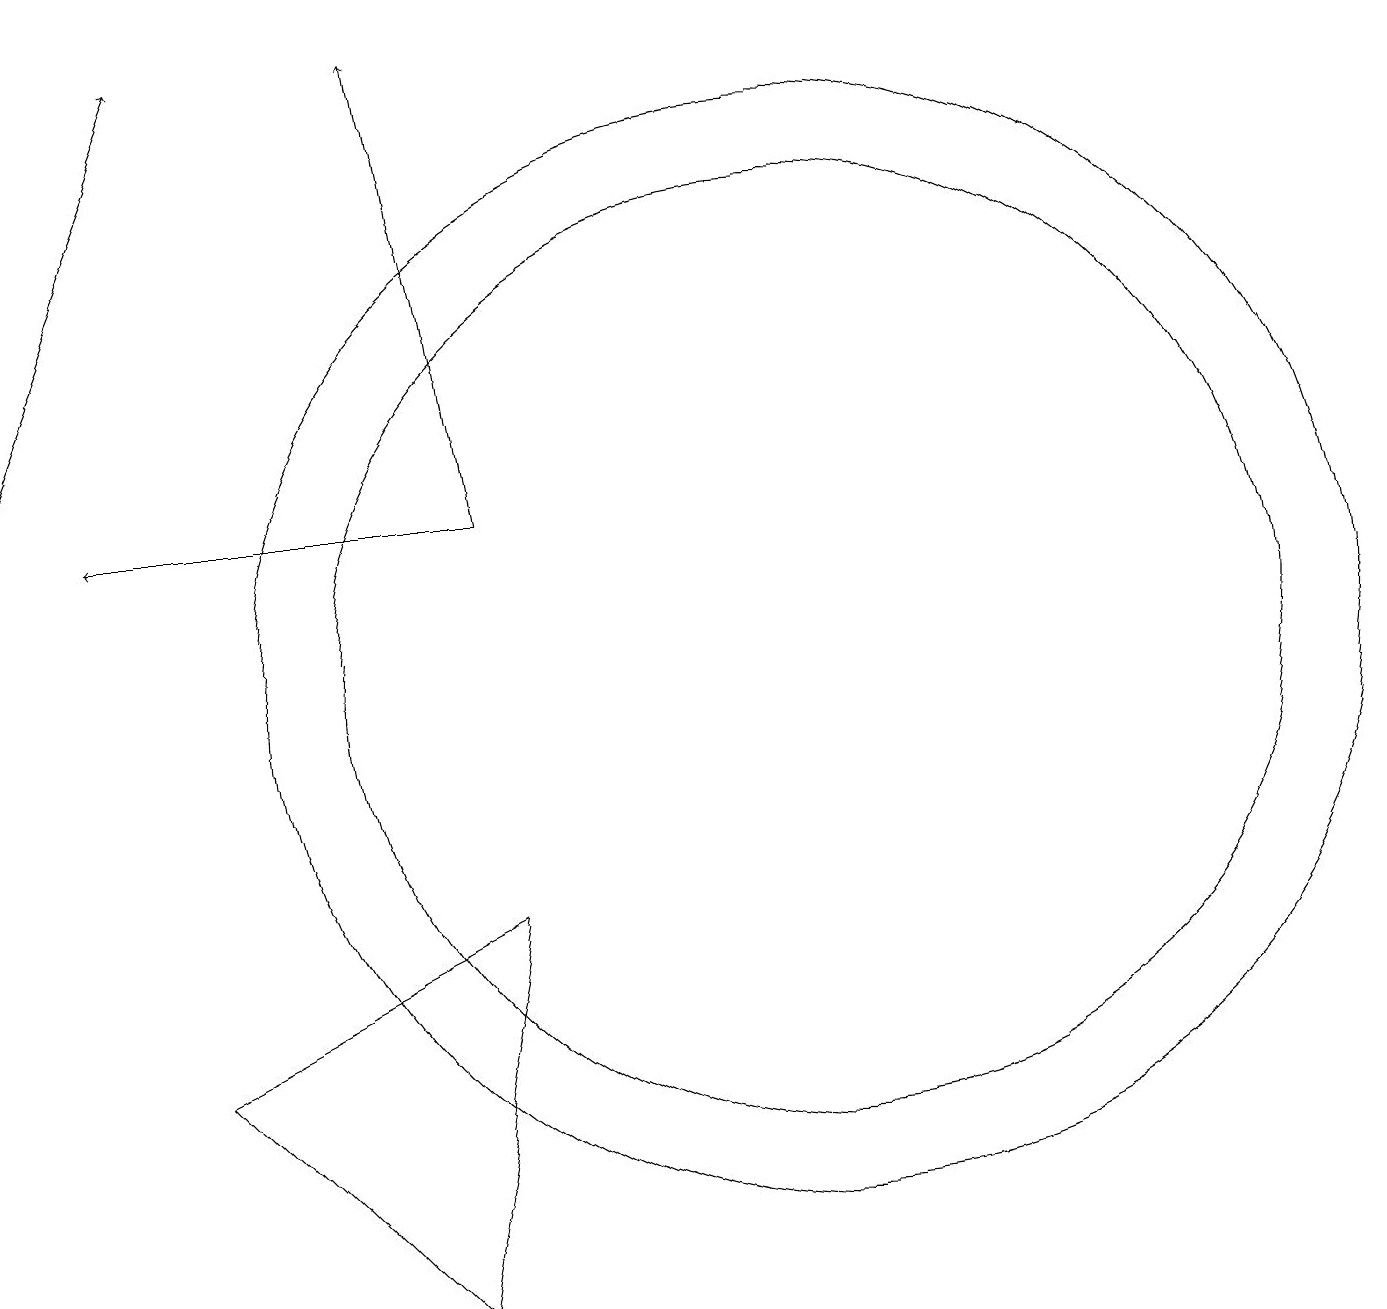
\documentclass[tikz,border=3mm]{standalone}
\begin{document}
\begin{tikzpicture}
\draw (4,5) -- (7,2) -- (8,7) -- cycle;
\draw[->] (2,13) -- (4,18);
\draw (12,10) circle (7);
\draw[->] (8,12) -- (7,18);
\draw (12,10) circle (6);
\draw[->] (8,12) -- (3,12);
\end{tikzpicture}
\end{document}